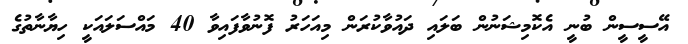
އޭސީސީން ބުނީ އެކޮމިޝަނުން ބަލައި ދައުވާކުރަން މިއަހަރު ފޮނުވާފައިވާ 40 މައްސަލައަކީ ހިޔާނާތުގެ